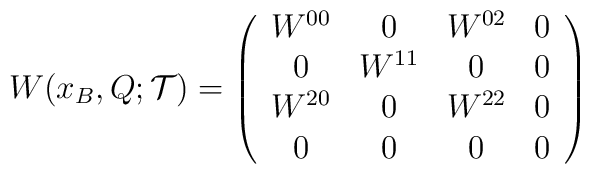
W(x_B,Q;{\mathcal T})=\left(\begin{array}{cccc}W^{00}&0&W^{02}&0\\0&W^{11}&0&0\\W^{20}&0&W^{22}&0\\0&0&0&0\\\end{array}\right)